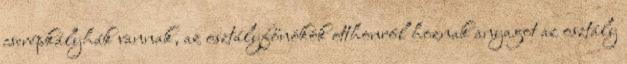
cserépkályhák vannak, az osztályfőnökök otthonról hoznak anyagot az osztály